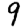
Digit: 9